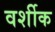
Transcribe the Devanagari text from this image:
वर्शीक